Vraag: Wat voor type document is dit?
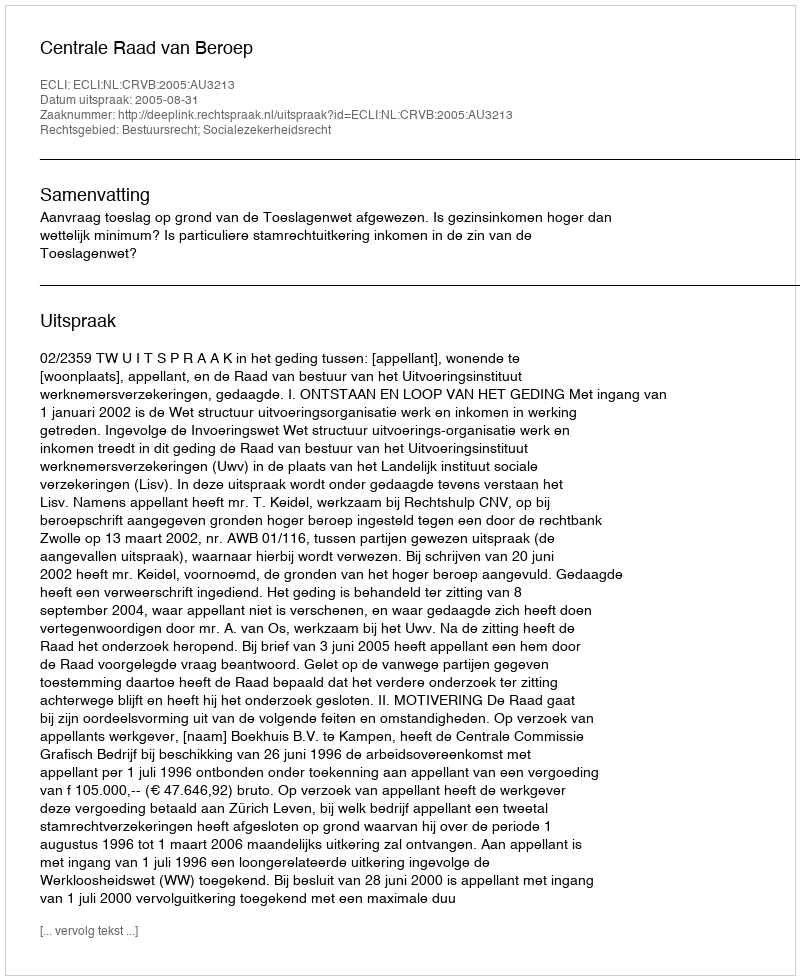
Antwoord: Uitspraak